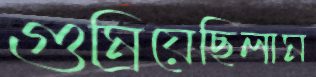
গুম্‌রিয়েছিলাম